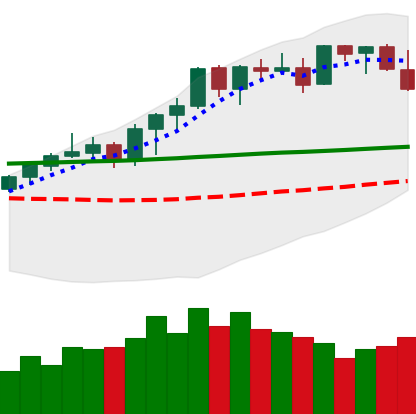
Ticker: ETH-USD
Chart end date: 2021-08-17
Forward return: 7.538%
Label: up_7plus